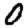
Digit: 0